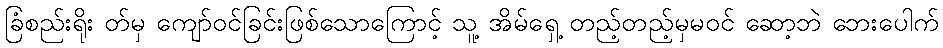
ခြံစည်းရိုး တ်မှ ကျော်ဝင်ခြင်းဖြစ်သောကြောင့် သူ့ အိမ်ရှေ့ တည့်တည့်မှမဝင် ဆော့ဘဲ ဘေးပေါက်